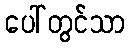
ပေါ်တွင်သာ